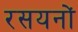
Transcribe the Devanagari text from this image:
रसयनों